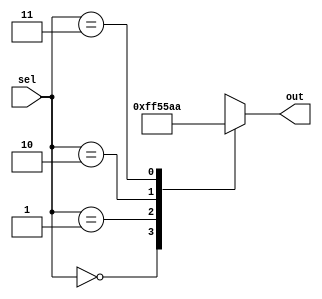
module full_case_statement(
    input wire [1:0] sel,
    output reg [7:0] out
);

always @(*)
begin
    case(sel)
        2'b00: out = 8'b00000000;
        2'b01: out = 8'b11111111;
        2'b10: out = 8'b01010101;
        2'b11: out = 8'b10101010;
        default: out = 8'b00000000;
    endcase
end

endmodule